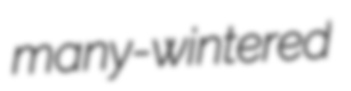
many-wintered